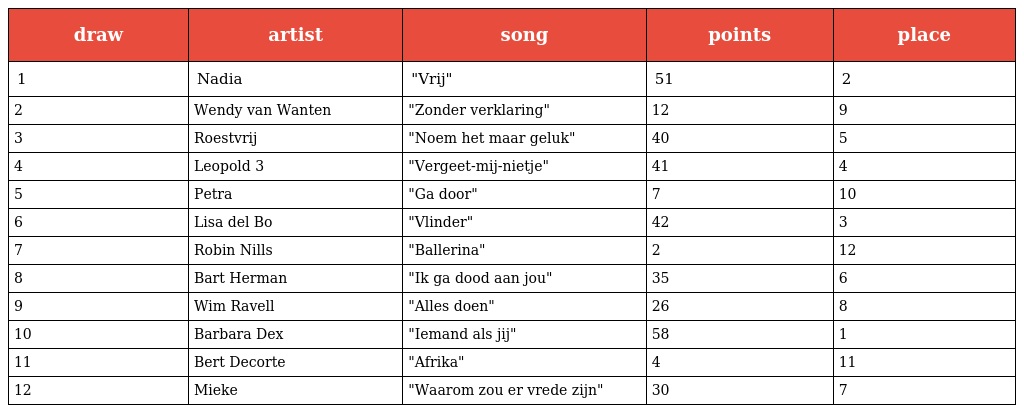
| draw | artist | song | points | place |
 | --- | --- | --- | --- | --- |
 | 1 | Nadia | "Vrij" | 51 | 2 |
 | 2 | Wendy van Wanten | "Zonder verklaring" | 12 | 9 |
 | 3 | Roestvrij | "Noem het maar geluk" | 40 | 5 |
 | 4 | Leopold 3 | "Vergeet-mij-nietje" | 41 | 4 |
 | 5 | Petra | "Ga door" | 7 | 10 |
 | 6 | Lisa del Bo | "Vlinder" | 42 | 3 |
 | 7 | Robin Nills | "Ballerina" | 2 | 12 |
 | 8 | Bart Herman | "Ik ga dood aan jou" | 35 | 6 |
 | 9 | Wim Ravell | "Alles doen" | 26 | 8 |
 | 10 | Barbara Dex | "Iemand als jij" | 58 | 1 |
 | 11 | Bert Decorte | "Afrika" | 4 | 11 |
 | 12 | Mieke | "Waarom zou er vrede zijn" | 30 | 7 |